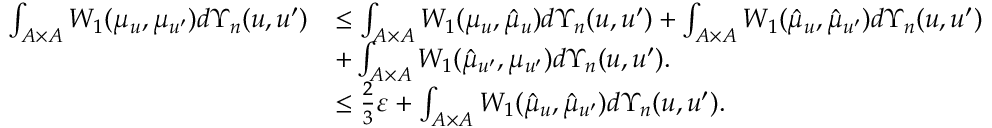
\begin{array} { r l } { \int _ { A \times A } W _ { 1 } ( \mu _ { u } , \mu _ { u ^ { \prime } } ) d \Upsilon _ { n } ( u , u ^ { \prime } ) } & { \leq \int _ { A \times A } W _ { 1 } ( \mu _ { u } , \hat { \mu } _ { u } ) d \Upsilon _ { n } ( u , u ^ { \prime } ) + \int _ { A \times A } W _ { 1 } ( \hat { \mu } _ { u } , \hat { \mu } _ { u ^ { \prime } } ) d \Upsilon _ { n } ( u , u ^ { \prime } ) } \\ & { + \int _ { A \times A } W _ { 1 } ( \hat { \mu } _ { u ^ { \prime } } , \mu _ { u ^ { \prime } } ) d \Upsilon _ { n } ( u , u ^ { \prime } ) . } \\ & { \leq \frac { 2 } { 3 } \varepsilon + \int _ { A \times A } W _ { 1 } ( \hat { \mu } _ { u } , \hat { \mu } _ { u ^ { \prime } } ) d \Upsilon _ { n } ( u , u ^ { \prime } ) . } \end{array}